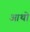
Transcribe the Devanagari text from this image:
आथो